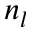
n _ { l }